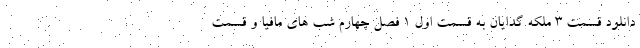
دانلود قسمت 3 ملکه گدایان به قسمت اول 1 فصل چهارم شب های مافیا و قسمت